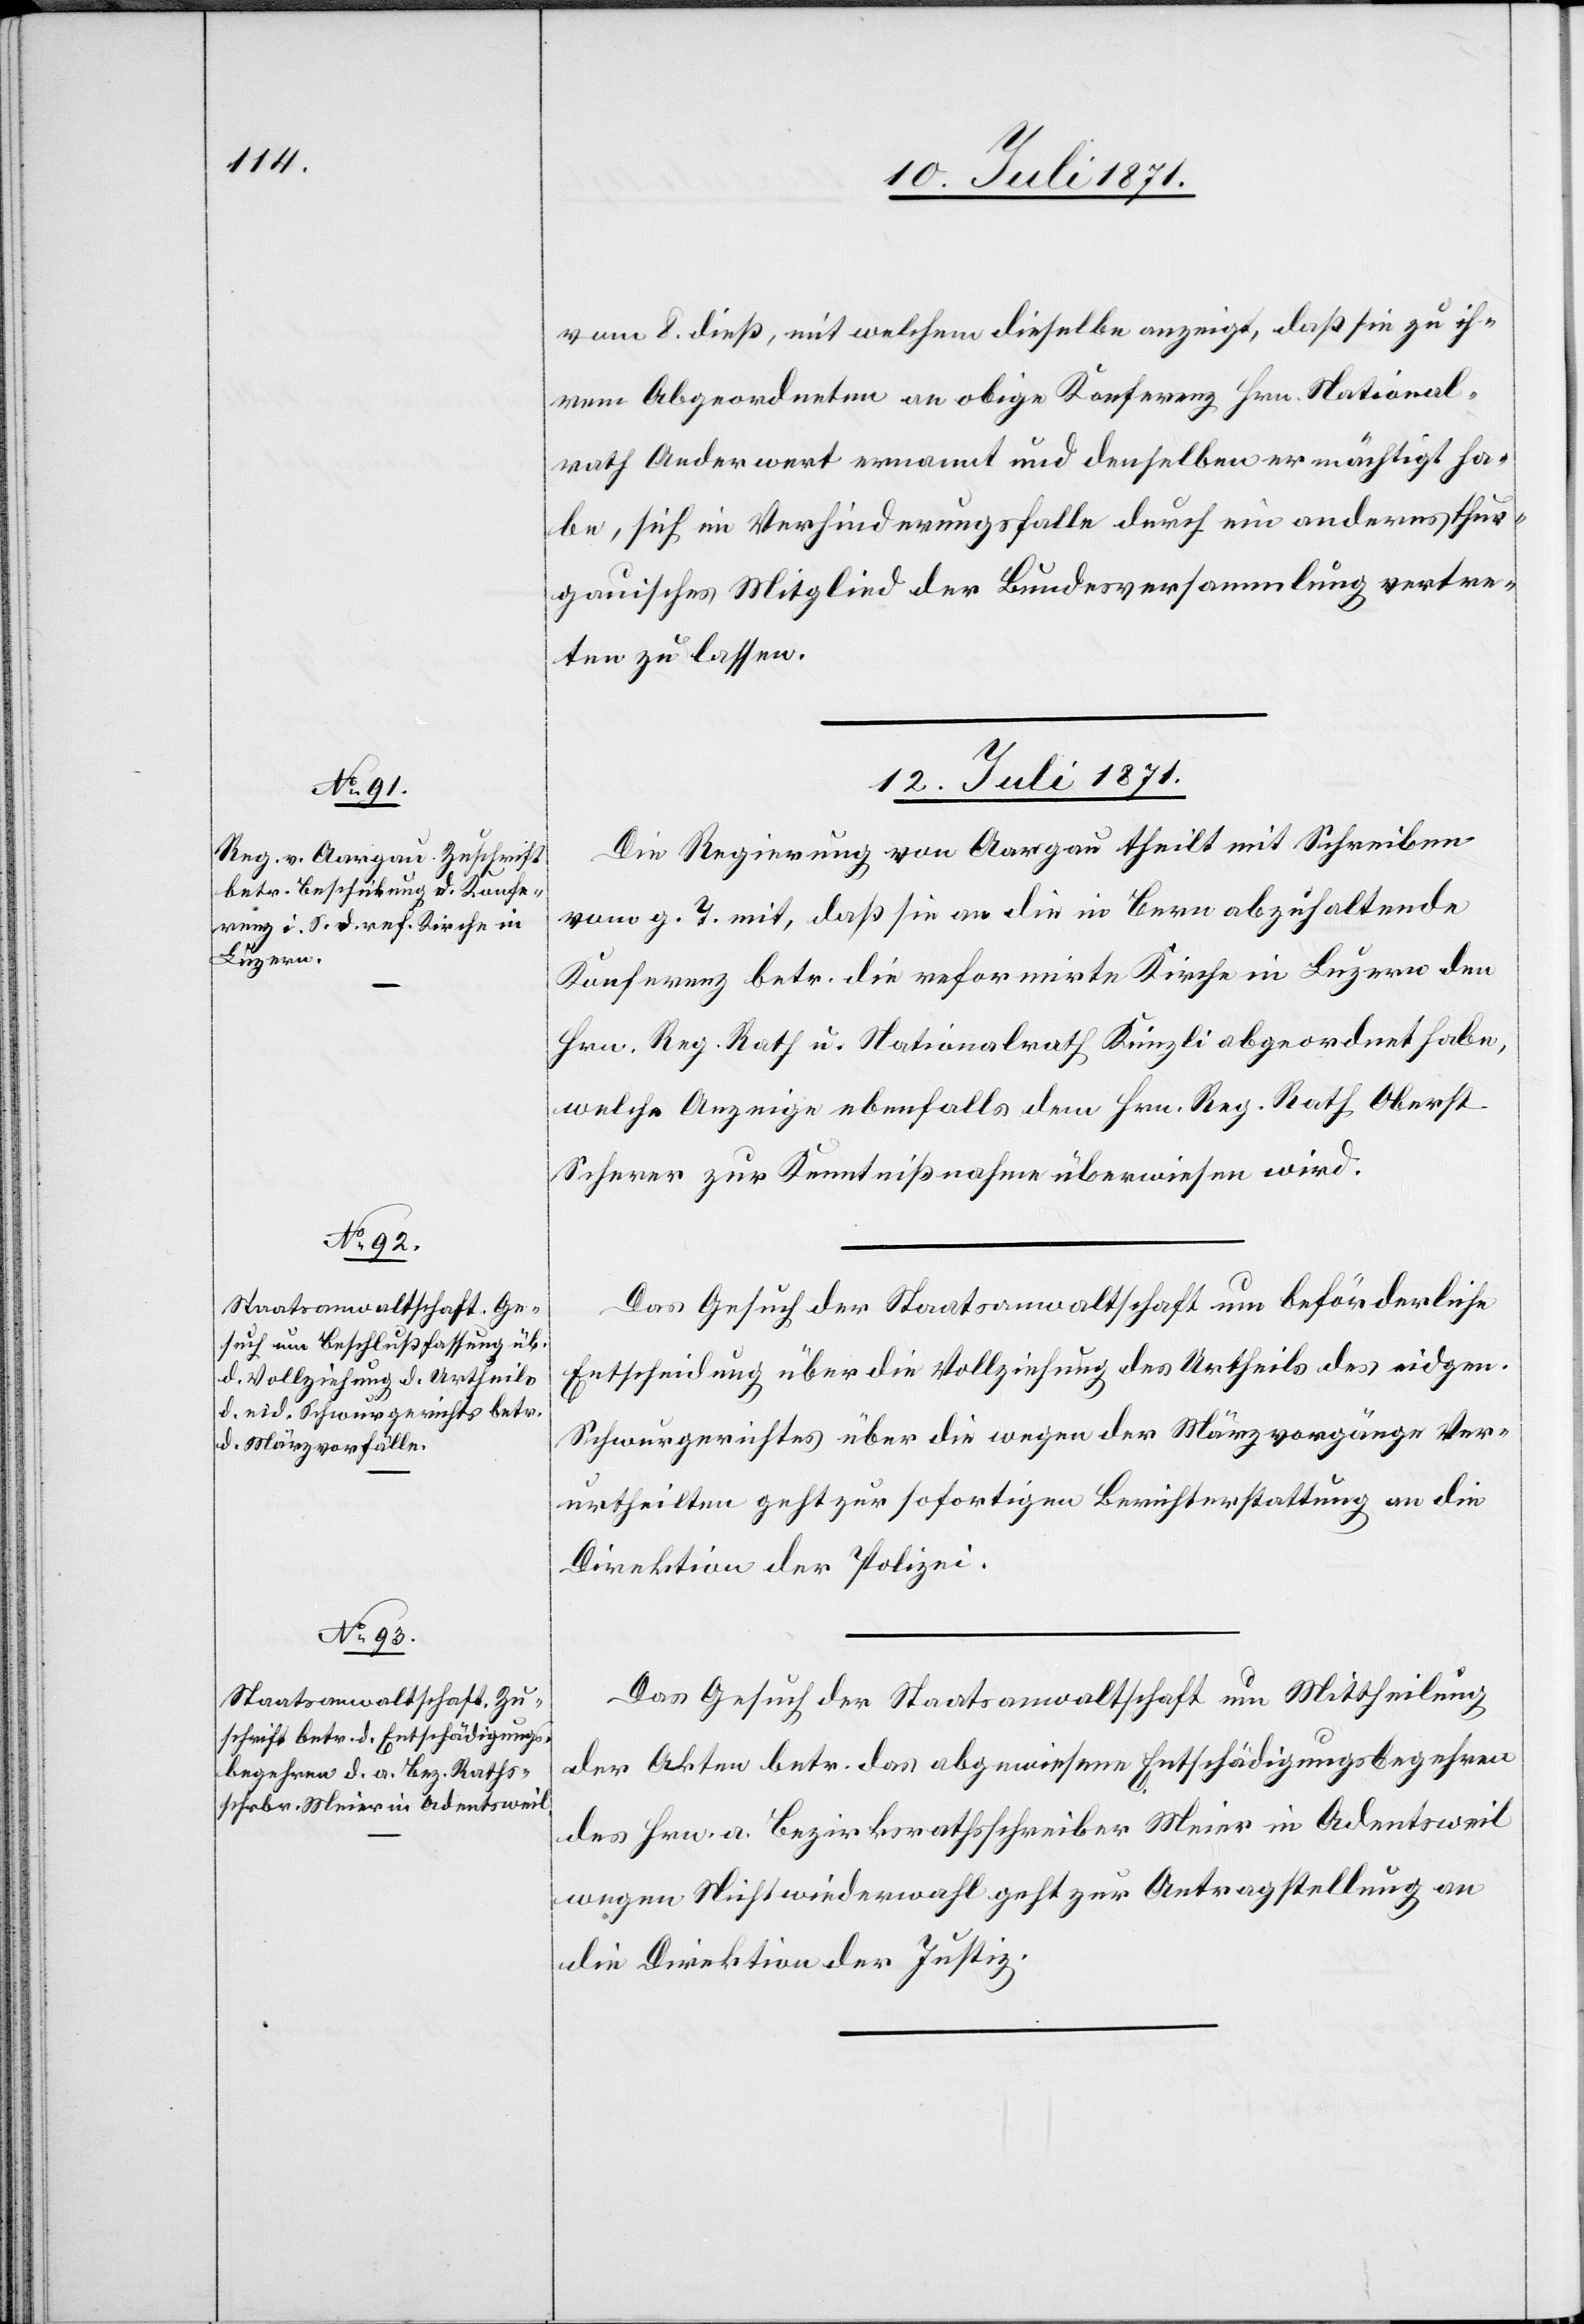
12. Juli 1871.]
vom 8. dieß, mit welchem dieselbe anzeigt, daß sie zu ih¬
rem Abgeordneten an obige Konferenz Hrn. National¬
rath Anderwert ernannt und denselben ermächtigt ha¬
be, sich im Verhinderungsfalle durch ein anderes thur¬
gauisches Mitglied der Bundesversammlung vertre¬
ten zu lassen.
12. Juli 1871.
Die Regierung von Aargau theilt mit Schreiben
vom g. T. mit, daß sie an die in Bern abzuhaltende
Konferenz betr. die reformierte Kirche in Luzern den
Hrn. Reg. Rath u. Nationalrath Künzli abgeordnet habe,
welche Anzeige ebenfalls dem Hrn. Reg. Rath Oberst
Scherer zur Kenntnißnahme überwiesen wird.
Das Gesuch der Staatsanwaltschaft um beförderliche
Entscheidung über die Vollziehung des Urtheils des eidgen.
Schwurgerichtes über die wegen der Märzvorgänge Ver¬
urtheilten geht zur sofortigen Berichterstattung an die
Direktion der Polizei.
Das Gesuch der Staatsanwaltschaft um Mittheilung
der Akten betr. das abgewiesene Entschädigungsbegehren
des Hrn. a. Bezirksrathsschreiber Meier in Adentsweil
wegen Nichtwiederwahl geht zur Antragstellung an
die Direktion der Justiz.